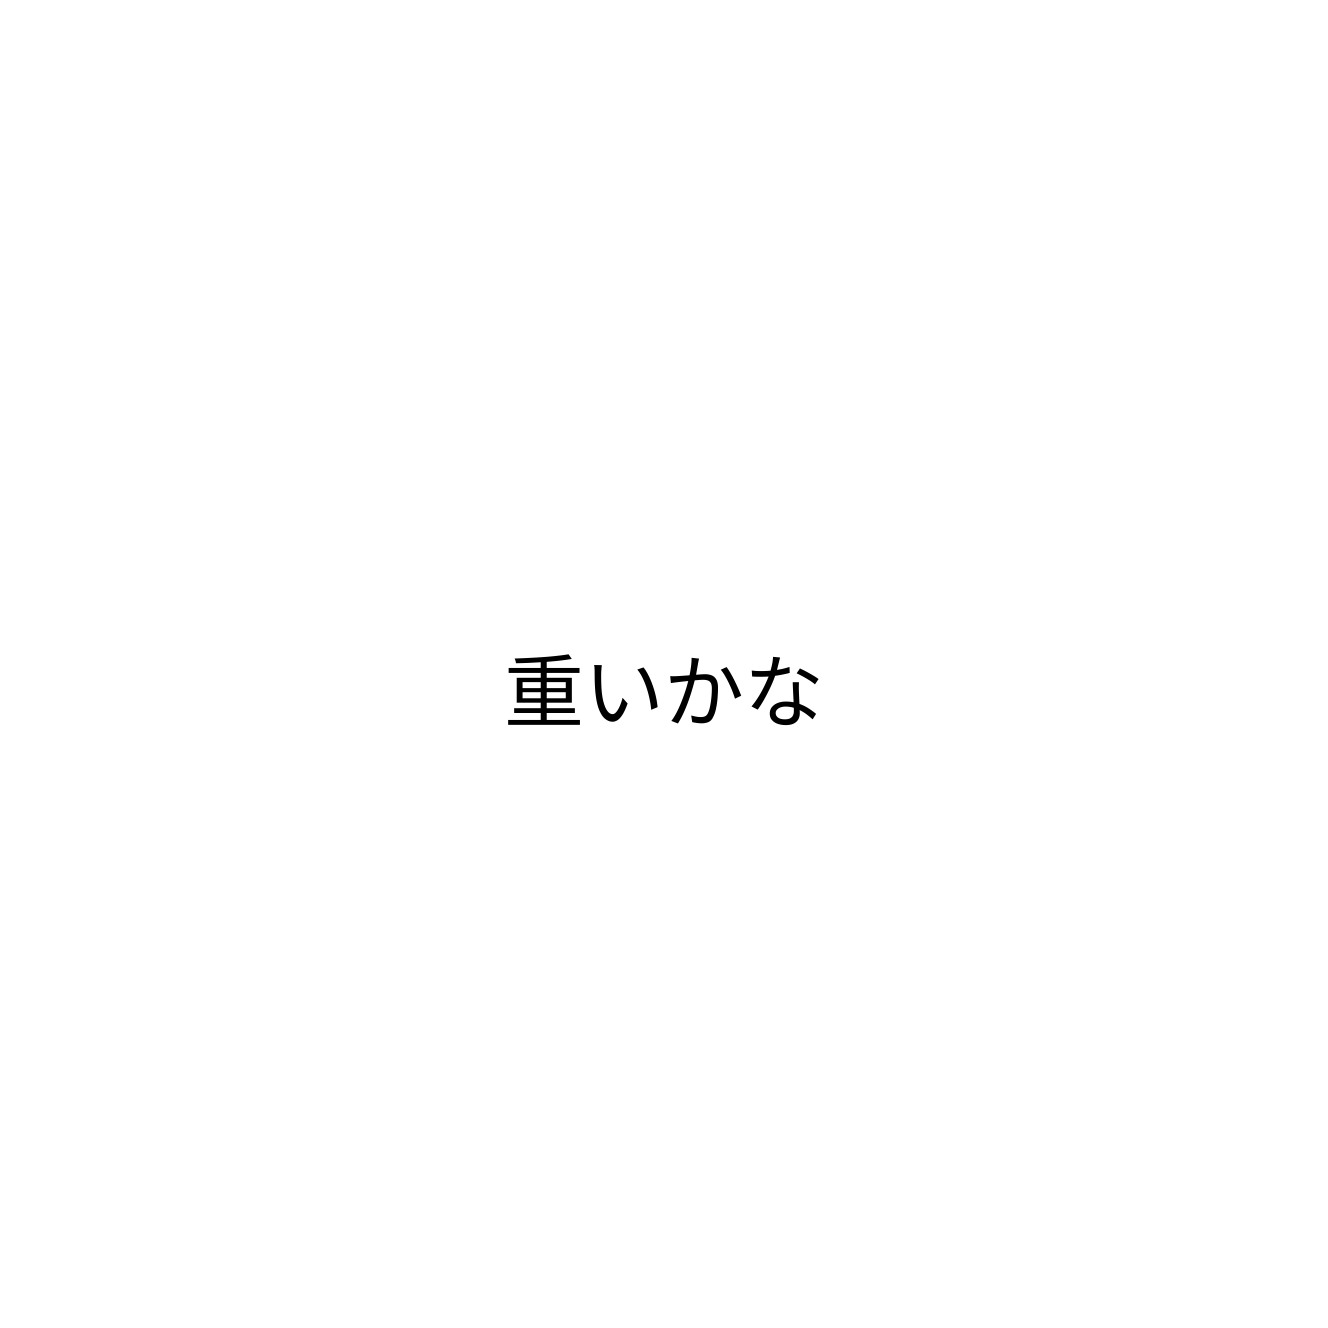
重いかな